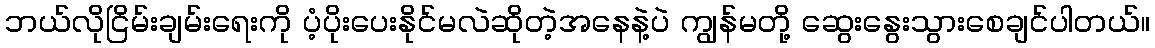
ဘယ်လိုငြိမ်းချမ်းရေးကို ပံ့ပိုးပေးနိုင်မလဲဆိုတဲ့အနေနဲ့ပဲ ကျွန်မတို့ ဆွေးနွေးသွားစေချင်ပါတယ်။